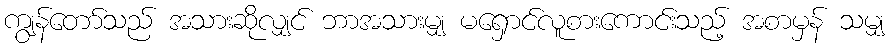
ကျွန်တော်သည် အသားဆိုလျှင် ဘာအသားမျှ မရှောင်လူစားကောင်းသည့် အစာမှန် သမျှ